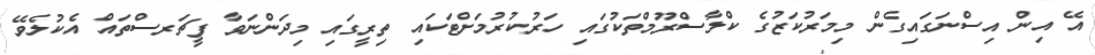
އޭ އިން އިސްނަގައިގެން މިމަރުކަޒުގެ ކްލާސްރޫމްތަކުގައި ހަރުކުރުމަށްޓަކައި ތިރީގައި މިދަންނަވާ ފީޗަރސްތައް އެކުލެވޭ